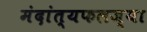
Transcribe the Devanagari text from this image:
मंदांत्यफलज्या